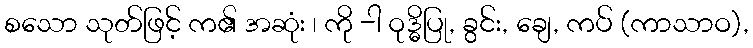
စသော သုတ်ဖြင့် က၏ အဆုံး ၊ ကို -ါ ဝုဒ္ဓိပြု, ခွင်း, ချေ, ကပ် (ကာသာဝ),